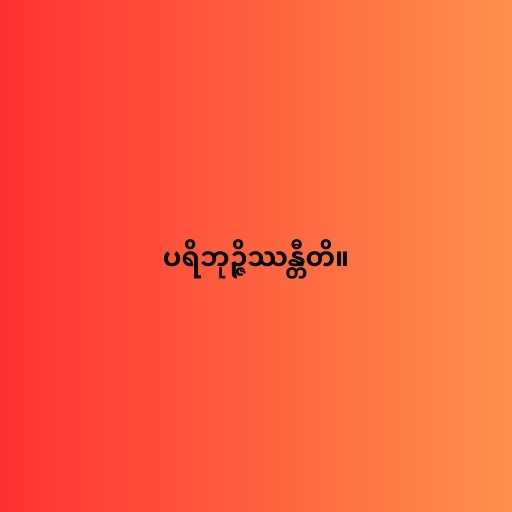
ပရိဘုဉ္ဇိဿန္တီတိ။